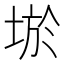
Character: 𡌧